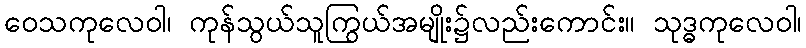
ဝေသကုလေဝါ၊ ကုန်သွယ်သူကြွယ်အမျိုး၌လည်းကောင်း။ သုဒ္ဓကုလေဝါ၊